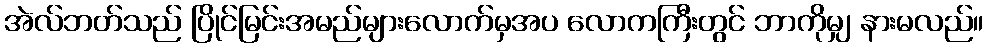
အဲလ်ဘတ်သည် ပြိုင်မြင်းအမည်များလောက်မှအပ လောကကြီးတွင် ဘာကိုမျှ နားမလည်။